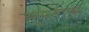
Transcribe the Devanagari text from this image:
मुल्लाफ़